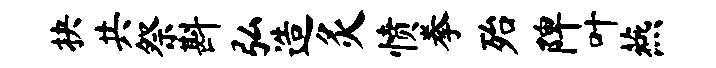
抉共祭斟弘造灸愤拳殆陴叶燕